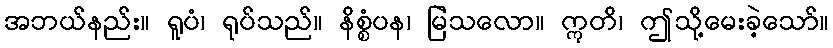
အဘယ်နည်း။ ရူပံ၊ ရုပ်သည်။ နိစ္စံပန၊ မြဲသလော။ ဣတိ၊ ဤသို့မေးခဲ့သော်။